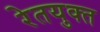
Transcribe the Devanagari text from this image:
रेतयुक्त